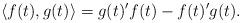
LaTeX: \begin{align*}\langle f(t),g(t) \rangle = g(t)'f(t) - f(t)'g(t).\end{align*}